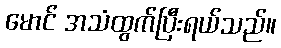
မောင် အသံထွက်ပြီးရယ်သည်။